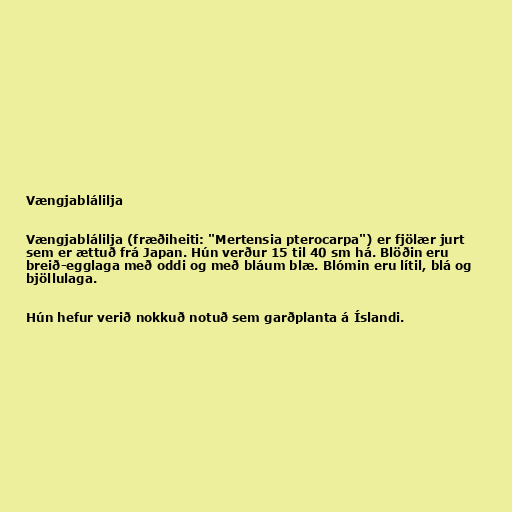
Vængjablálilja

Vængjablálilja (fræðiheiti: "Mertensia pterocarpa") er fjölær jurt
sem er ættuð frá Japan. Hún verður 15 til 40 sm há. Blöðin eru
breið-egglaga með oddi og með bláum blæ. Blómin eru lítil, blá og
bjöllulaga.

Hún hefur verið nokkuð notuð sem garðplanta á Íslandi.